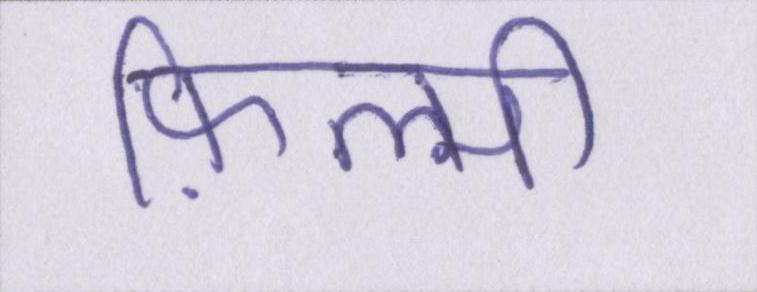
फ़िल्मी